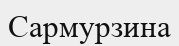
Сармурзина